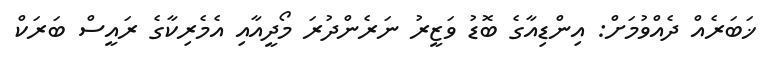
ޚަބަރެއް ދެއްވުމަށް: އިންޑިއާގެ ބޮޑު ވަޒީރު ނަރެންދުރަ މޯދީއާއި އެމެރިކާގެ ރައީސް ބަރަކް